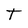
Character: T